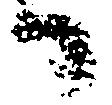
候